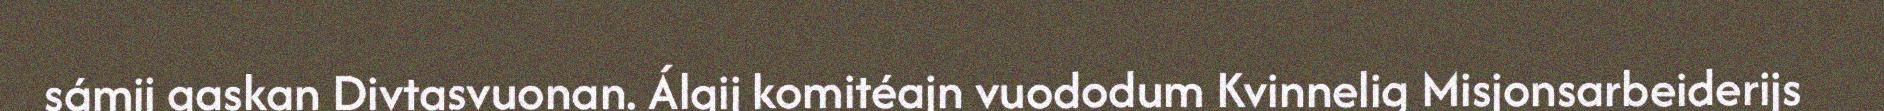
sámij gaskan Divtasvuonan. Álgij komitéajn vuododum Kvinnelig Misjonsarbeiderijs